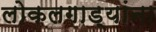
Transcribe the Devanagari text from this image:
लोकलगाड्यांना